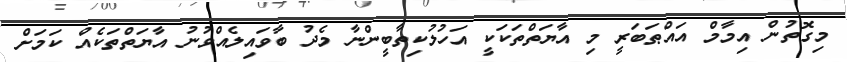
މިގޮތުން އިމާމް އައްޠަބަރީ މި އާޔަތްތަކަކީ އަހުލުކިތާބީންނާ މެދު ބާވައިލެއްވުނު އާޔަތްތަކެއް ކަމަށް